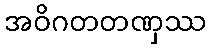
အဝိဂတတဏှဿ